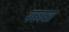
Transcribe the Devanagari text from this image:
पछाया